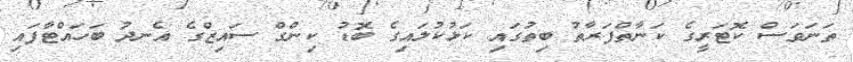
ތަނަވަސް ކޮޓަރީގެ ކަނާތްފަރާތު ބިތުގައި ކަޅުކުލައިގެ ބޮޑު ކިންގް ސައިޒްގެ އެނދު ބަހައްޓާފައި